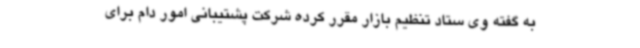
به گفته وی ستاد تنظیم بازار مقرر کرده شرکت پشتیبانی امور دام برای